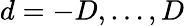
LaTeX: d=-D,\ldots,D